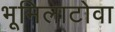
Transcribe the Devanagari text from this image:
भूमिलाटोवा